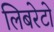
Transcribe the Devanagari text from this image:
लिबरेटो